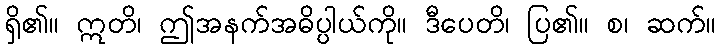
ရှိ၏။ ဣတိ၊ ဤအနက်အဓိပ္ပါယ်ကို။ ဒီပေတိ၊ ပြ၏။ စ၊ ဆက်။